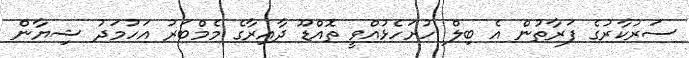
ސަރުކާރުގެ ފަރާތުން އެ ބިލް ހުށަހެޅުއްވީ ތޮއްޑޫ ދާއިރާގެ މެމްބަރު އަހުމަދު ޝިޔާން